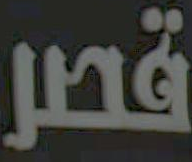
قصر